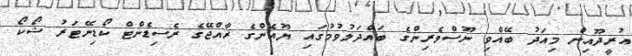
އުރީދޫއިން މިއަދު ބޭއްވި ނޫސްވެރިންގެ ބައްދަލުވުމުގައި ޔޫއެންގެ ރާއްޖޭގެ ރެސިޑެންޓް ކޯޑިނޭޓަރު ޝޯކޯ